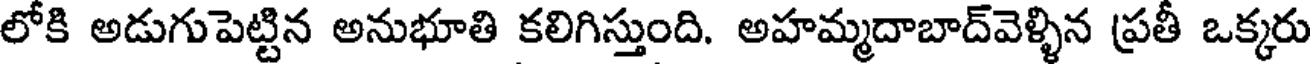
లోకి అడుగుపెట్టిన అనుభూతి కలిగిస్తుంది. అహమ్మదాబాద్వెళ్ళిన ప్రతీ ఒక్కరు